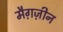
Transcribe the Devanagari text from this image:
मैग़ज़ीन